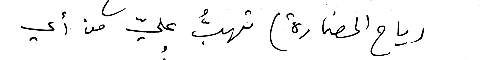
رياح الحضارة) تهبُّ عليّ من أي